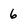
Character: 6